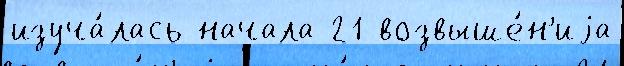
изуча́лась начала 21 возвыше́н'иjа